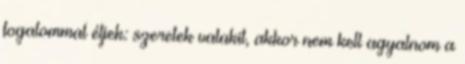
fogalommal éljek: szeretek valakit, akkor nem kell agyalnom a